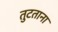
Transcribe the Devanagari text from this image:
तुटताना